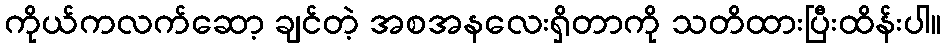
ကိုယ်ကလက်ဆော့ ချင်တဲ့ အစအနလေးရှိတာကို သတိထားပြီးထိန်းပါ။